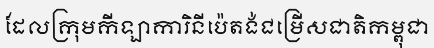
ដែលក្រុមកីឡាការិនីប៉េតង់ជម្រើសជាតិកម្ពុជា